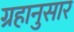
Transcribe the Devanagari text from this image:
ग्रहानुसार